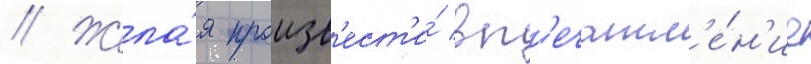
// Жела́я произв'ест'и́ вп'ечатл'е́н'ие